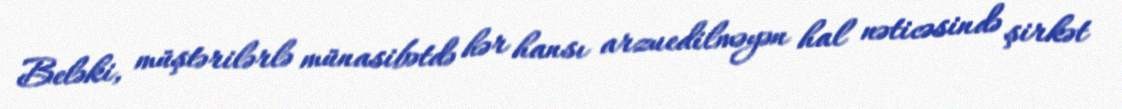
Beləki, müştərilərlə münasibətdə hər hansı arzuedilməyən hal nəticəsində şirkət